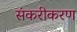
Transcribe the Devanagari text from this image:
संकरीकरण